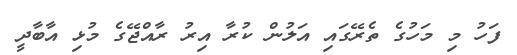
ފަހު މި މަހުގެ ތެރޭގައި އަލުން ކުރާ އިރު ރާއްޖޭގެ މުޅި އާބާދީ